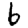
Digit: 6